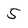
Character: 5